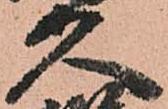
久